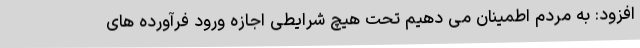
افزود: به مردم اطمینان می دهیم تحت هیچ شرایطی اجازه ورود فرآورده های